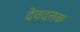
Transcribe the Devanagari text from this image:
देवदत्तक